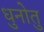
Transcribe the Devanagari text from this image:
धुनोतु